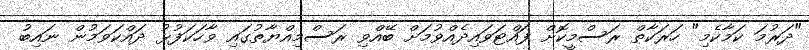
"ދަރުމަ ކަމާކެމި" ހަރަކާތް ރަސްމީކޮށް ފައްޓަވައިދެއްވުމަށް ބޭއްވި ރަސްމިއްޔާތުގައި ވާހަކަފުޅު ދައްކަވަމުން ނައިބު